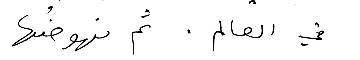
في العالم. ثم نهوضُها